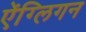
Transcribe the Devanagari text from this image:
ऐंग्लिगन